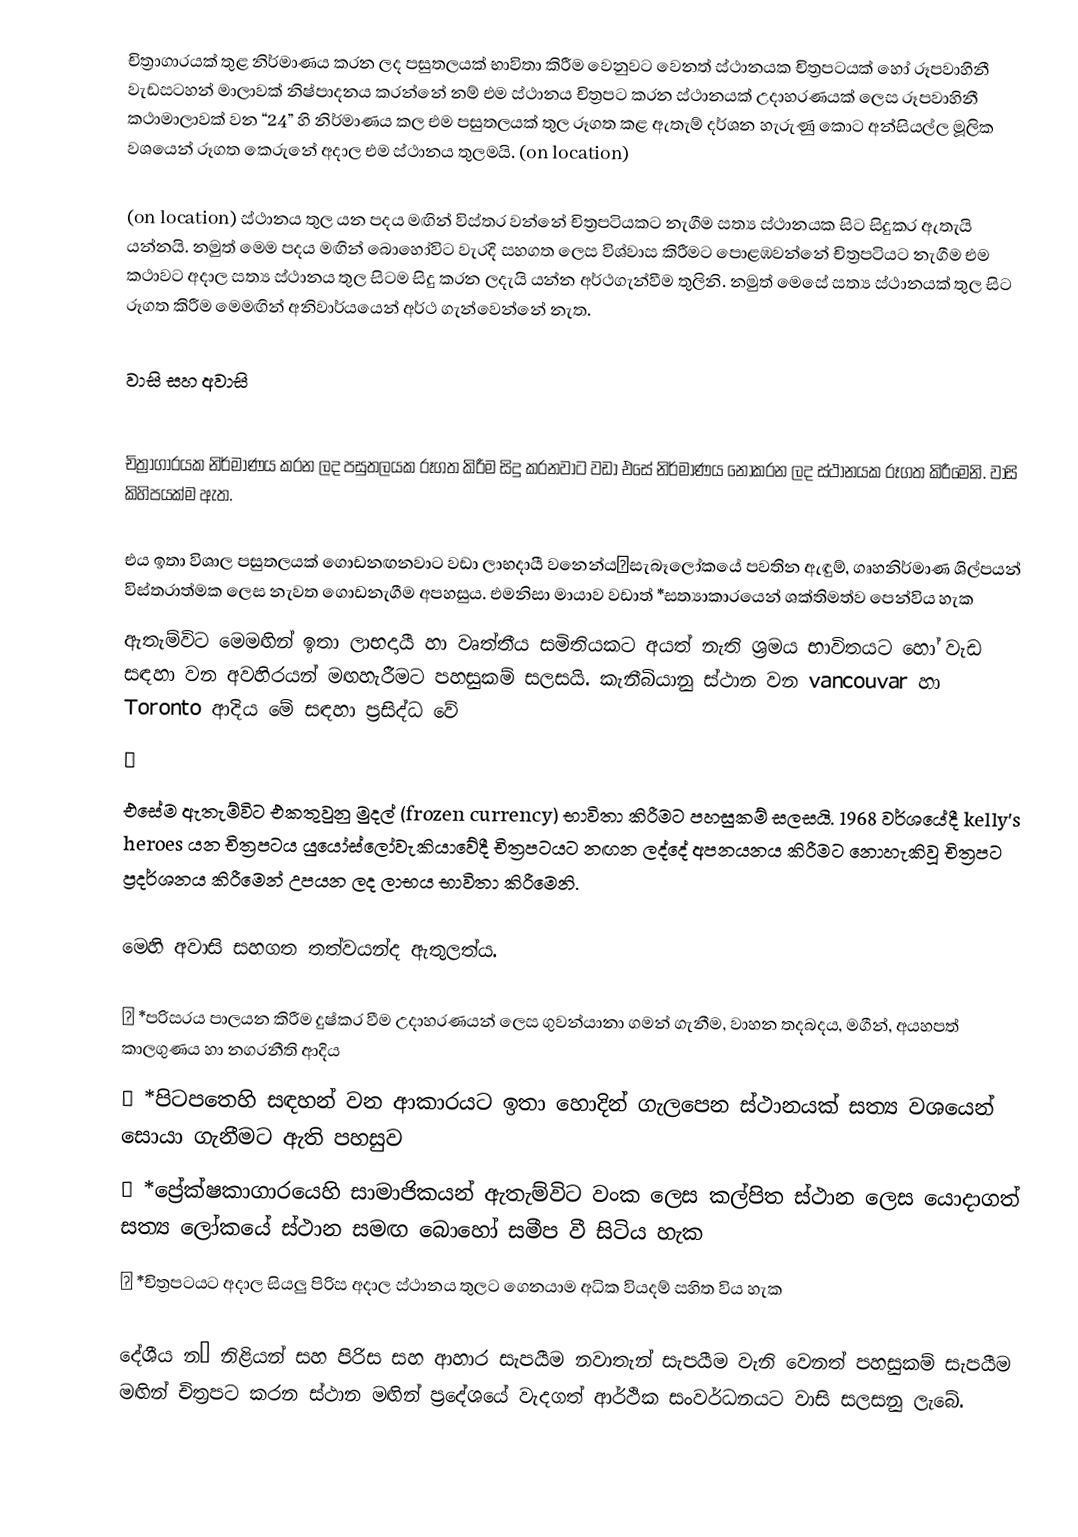
චිත්‍රාගාරයක් තුළ නිර්මාණය කරන ලද පසුතලයක් භාවිතා කිරීම වෙනුවට වෙනත් ස්ථානයක චිත්‍රපටයක් හෝ රූපවාහිනී වැඩසටහන් මාලාවක් නිෂ්පාදනය කරන්නේ නම් එම ස්ථානය චිත්‍රපට කරන ස්ථානයක් උදාහරණයක් ලෙස රූපවාහිනී කථාමාලාවක් වන “24” හි නිර්මාණය කල එම පසුතලයක් තුල රූගත කළ ඇතැම් දර්ශන හැරුණු කොට අන්සියල්ල මූලික වශයෙන් රූගත කෙරුනේ අදාල එම ස්ථානය තුලමයි.  (on location)

(on location) ස්ථානය තුල යන පදය මඟින් විස්තර වන්නේ චිත්‍රපටියකට නැගීම සත්‍ය ස්ථානයක සිට සිදුකර ඇතැයි යන්නයි.  නමුත් මෙම පදය මඟින් බොහෝවිට වැරදි සහගත ලෙස විශ්වාස කිරීමට පොළඹවන්නේ චිත්‍රපටියට නැගීම එම කථාවට අදාල සත්‍ය ස්ථානය තුල සිටම සිදු කරන ලදැයි යන්න අර්ථගැන්වීම තුලිනි.  නමුත් මෙසේ සත්‍ය ස්ථානයක් තුල සිට රූගත කිරීම මෙමඟින් අනිවාර්යයෙන් අර්ථ ගැන්වෙන්නේ නැත.

වාසි සහ අවාසි

චිත්‍රාගාරයක නිර්මාණය කරන ලද පසුතලයක රූගත කිරීම සිදු කරනවාට වඩා එසේ නිර්මාණය නොකරන ලද ස්ථානයක ‍රූගත කිරීමෙනි.  වාසි කිහිපයක්ම ඇත.

එය ඉතා විශාල පසුතලයක් ගොඩනඟනවාට වඩා ලාභදායී වන‍්නේයසැබෑලෝකයේ පවතින ඇඳුම්, ගෘහනිර්මාණ ශිල්පයන් විස්තරාත්මක ලෙස නැවත ගොඩනැගීම අපහසුය. එමනිසා මායාව වඩාත් *සත්‍යාකාරයෙන් ශක්තිමත්ව පෙන්විය හැක
ඇතැම්විට මෙමඟින් ඉතා ලාභදායී හා වෘත්තීය සමිතියකට අයත් නැති ශ්‍රමය භාවිතයට හෝ වැඩ සඳහා වන අවහිරයන් මඟහැරීමට පහසුකම් සලසයි.  කැනීබියානු ස්ථාන වන vancouvar හා Toronto ආදිය මේ සඳහා ප්‍රසිද්ධ වේ

එසේම ඇතැම්විට එකතුවුනු මුදල් (frozen currency) භාවිතා කිරීමට පහසුකම් සලසයි.  1968 වර්ශයේදී kelly’s heroes යන චිත්‍රපටය යුයෝස්ලෝවැකියාවේදී චිත්‍රපටයට නඟන ලද්දේ අපනයනය කිරීමට නොහැකිවූ චිත්‍රපට ප්‍රදර්ශනය කිරීමෙන් උපයන ලද ලාභය භාවිතා කිරීමෙනි.

මෙහි අවාසි සහගත තත්වයන්ද ඇතුලත්ය.

	*පරිසරය පාලයන කිරීම දුෂ්කර වීම උදාහරණයන් ලෙස ගුවන්යානා ගමන් ගැනීම, වාහන තදබදය, මගීන්, අයහපත් කාලගුණය හා නගරනීති ආදිය
	*පිටපතෙහි සඳහන් වන ආකාරයට ඉතා හොදින් ගැලපෙන ස්ථානයක් සත්‍ය වශයෙන් සොයා ගැනීමට ඇති පහසුව
	*ප්‍රේක්ෂකාගාරයෙහි සාමාජිකයන් ඇතැම්විට වංක ලෙස කල්පිත ස්ථාන ලෙස යොදාගත් සත්‍ය ලෝකයේ ස්ථාන සමඟ බොහෝ සමීප වී සිටිය හැක
	*චිත්‍රපටයට අදාල සියලු පිරිස අදාල ස්ථානය තුලට ගෙනයාම අධික වියදම් සහිත විය හැක

දේශීය නඏ නිළියන් සහ පිරිස සහ ආහාර සැපයීම නවාතැන් සැපයීම වැනි වෙනත් පහසුකම් සැපයීම මඟින් චිත්‍රපට කරන ස්ථාන මඟින් ප්‍රදේශයේ වැදගත් ආර්ථික සංවර්ධනයට වාසි සලසනු ලැබේ.